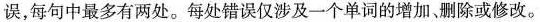
误,每句中最多有两处。每处错误仅涉及一个单词的增加、删除或修改。